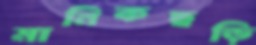
মানিকছড়ি